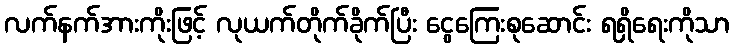
လက်နက်အားကိုးဖြင့် လုယက်တိုက်ခိုက်ပြီး ငွေကြေးစုဆောင်း ရရှိရေးကိုသာ